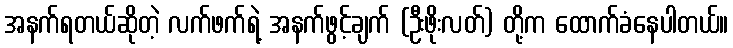
အနက်ရတယ်ဆိုတဲ့ လက်ဖက်ရဲ့ အနက်ဖွင့်ချက် (ဦးဖိုးလတ်) တို့က ထောက်ခံနေပါတယ်။